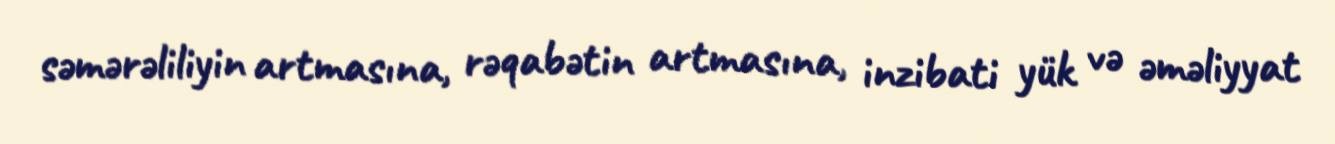
səmərəliliyin artmasına, rəqabətin artmasına, inzibati yük və əməliyyat